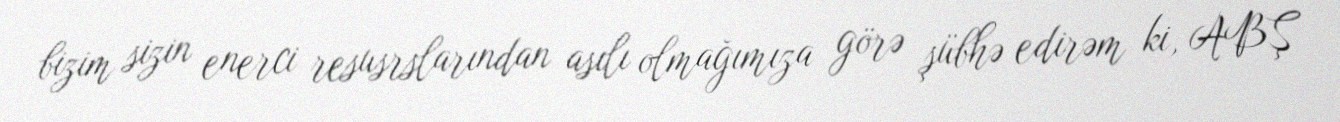
bizim sizin enerci resusrslarından asılı olmağımıza görə şübhə edirəm ki, ABŞ